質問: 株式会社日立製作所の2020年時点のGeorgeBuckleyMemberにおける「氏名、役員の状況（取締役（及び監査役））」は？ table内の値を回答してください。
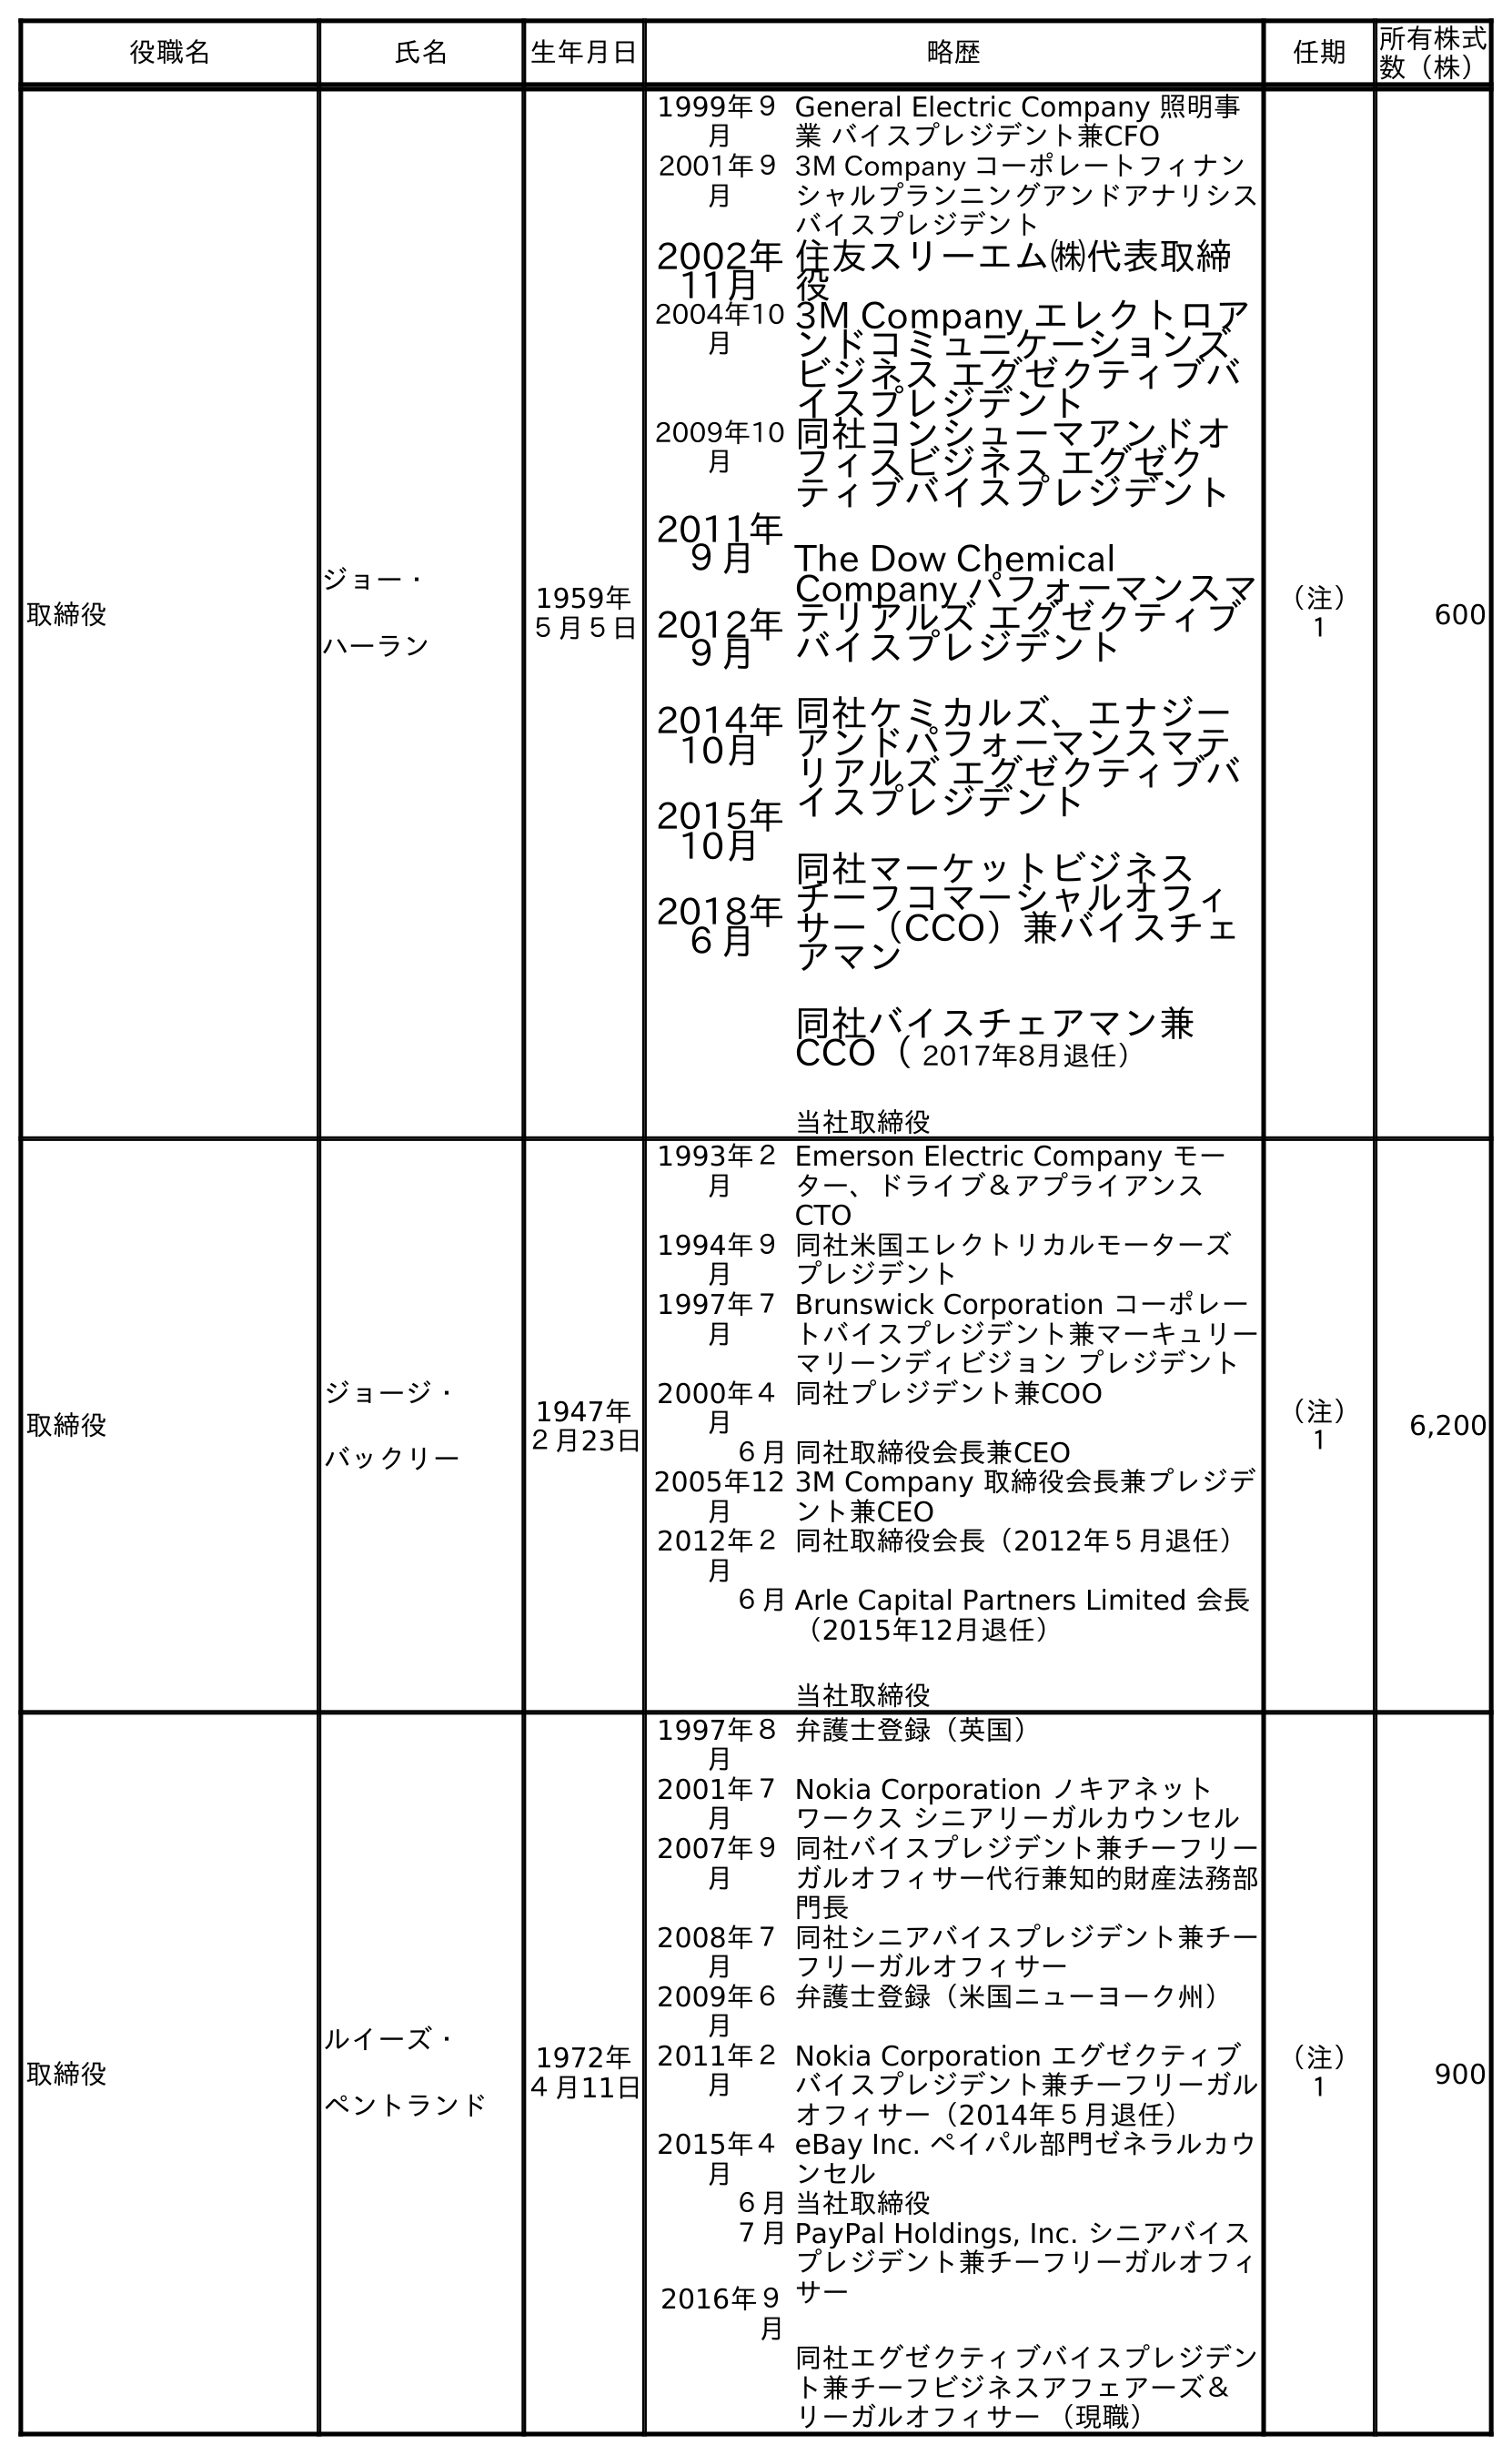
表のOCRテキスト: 役職名 氏名 生年月日 略歴 任期 所有株式 数（株） 取締役 ジョー・ ハーラン 1959年 ５月５日 1999年９ 月 General Electric Company 照明事 業 バイスプレジデント兼CFO 2001年９ 月 3M Company コーポレートフィナン シャルプランニングアンドアナリシス バイスプレジデント 2002年 11月 住友スリーエム㈱代表取締 役 2004年10 月 3M Company エレクトロア ンドコミュニケーションズ ビジネス エグゼクティブバ イスプレジデント 2009年10 月 2011年 ９月 2012年 ９月 2014年 10月 2015年 10月 2018年 ６月 同社コンシューマアンドオ フィスビジネス エグゼク ティブバイスプレジデント The Dow Chemical Company パフォーマンスマ テリアルズ エグゼクティブ バイスプレジデント 同社ケミカルズ、エナジー アンドパフォーマンスマテ リアルズ エグゼクティブバ イスプレジデント 同社マーケットビジネス チーフコマーシャルオフィ サー（CCO）兼バイスチェ アマン 同社バイスチェアマン兼 CCO（ 2017年8月退任） 当社取締役 （注） １ 600 取締役 ジョージ・ バックリー 1947年 ２月23日 1993年２ 月 Emerson Electric Company モー ター、ドライブ＆アプライアンス CTO 1994年９ 月 同社米国エレクトリカルモーターズ プレジデント 1997年７ 月 Brunswick Corporation コーポレー トバイスプレジデント兼マーキュリー マリーンディビジョン プレジデント 2000年４ 月 同社プレジデント兼COO ６月同社取締役会長兼CEO 2005年12 月 3M Company 取締役会長兼プレジデ ント兼CEO 2012年２ 月 同社取締役会長（2012年５月退任） ６月Arle Capital Partners Limited 会長 （2015年12月退任） 当社取締役 （注） １ 6,200 取締役 ルイーズ・ ペントランド 1972年 ４月11日 1997年８ 月 弁護士登録（英国） 2001年７ 月 Nokia Corporation ノキアネット ワークス シニアリーガルカウンセル 2007年９ 月 同社バイスプレジデント兼チーフリー ガルオフィサー代行兼知的財産法務部 門長 2008年７ 月 同社シニアバイスプレジデント兼チー フリーガルオフィサー 2009年６ 月 弁護士登録（米国ニューヨーク州） 2011年２ 月 Nokia Corporation エグゼクティブ バイスプレジデント兼チーフリーガル オフィサー（2014年５月退任） 2015年４ 月 eBay Inc. ペイパル部門ゼネラルカウ ンセル ６月当社取締役 ７月 2016年９ 月 PayPal Holdings, Inc. シニアバイス プレジデント兼チーフリーガルオフィ サー 同社エグゼクティブバイスプレジデン ト兼チーフビジネスアフェアーズ＆ リーガルオフィサー （現職） （注） １ 900
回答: ジョージ・バックリー